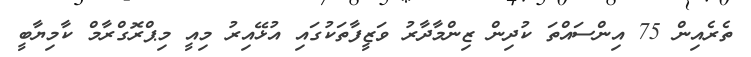
ތެރެއިން 75 އިންސައްތަ ކުދިން ޒިންމާދާރު ވަޒީފާތަކުގައި އުޅޭއިރު މިއީ މިޕްރޮގްރާމް ކާމިޔާބީ